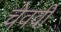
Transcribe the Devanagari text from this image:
चेववी